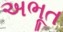
અભૂત